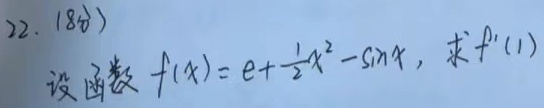
22. (8分)设函数 \(f(x)=e+\frac{1}{2}x^{2}-\sin x\)，求 \(f'(1)\)。